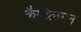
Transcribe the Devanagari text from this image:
कैटिलमेन